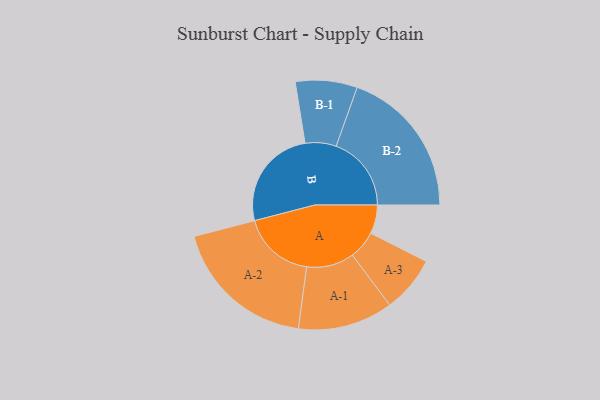
{"axis": {"x": "Segment", "y": "Value"}, "legend": ["", "A", "B"], "data": [{"x": "A", "y": 107, "type": ""}, {"x": "B", "y": 380, "type": ""}, {"x": "A-1", "y": 177, "type": "A"}, {"x": "A-2", "y": 270, "type": "A"}, {"x": "A-3", "y": 105, "type": "A"}, {"x": "B-1", "y": 115, "type": "B"}, {"x": "B-2", "y": 280, "type": "B"}]}